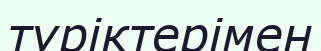
түріктерімен